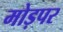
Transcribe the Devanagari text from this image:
मोड़पर